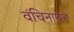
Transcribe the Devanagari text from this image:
वंचिनाथन